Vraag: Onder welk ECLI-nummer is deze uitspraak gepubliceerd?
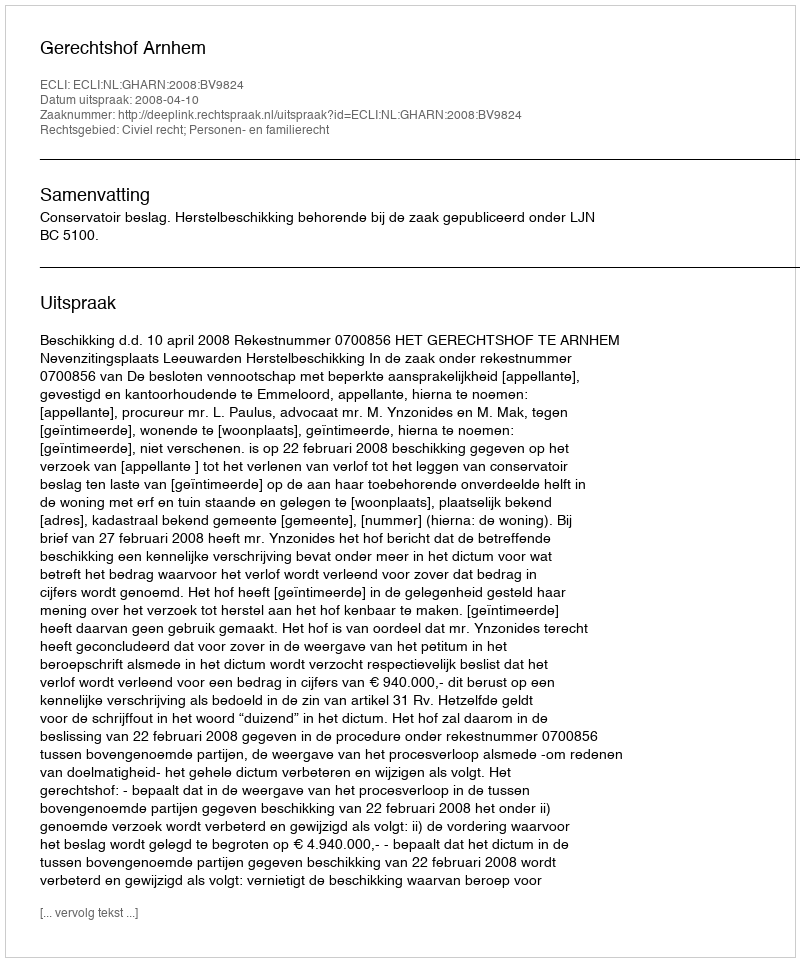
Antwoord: ECLI:NL:GHARN:2008:BV9824